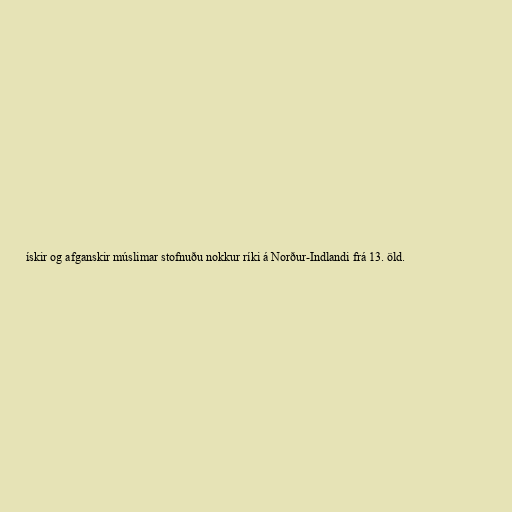
ískir og afganskir múslimar stofnuðu nokkur ríki á Norður-Indlandi frá 13. öld.